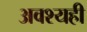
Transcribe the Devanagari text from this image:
अवश्यही